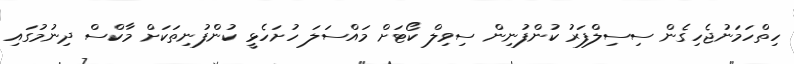
ހިތްހަމަނުޖެހިގެން ސިސިލްފަރު ކުންފުނިން ސިވިލް ކޯޓަށް މައްސަލަ ހުށަހެޅީ ކުންފުނިތަކަށް މާކްސް ދިނުމުގައި